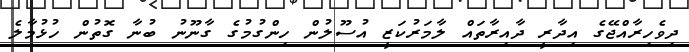
ދިވެހިރާއްޖޭގެ އިދާރީ ދާއިރާތައް ލާމަރުކަޒީ އުސޫލުން ހިންގުމުގެ ގާނޫނު ބުނާ ގޮތުން ހުޅުމާލެ